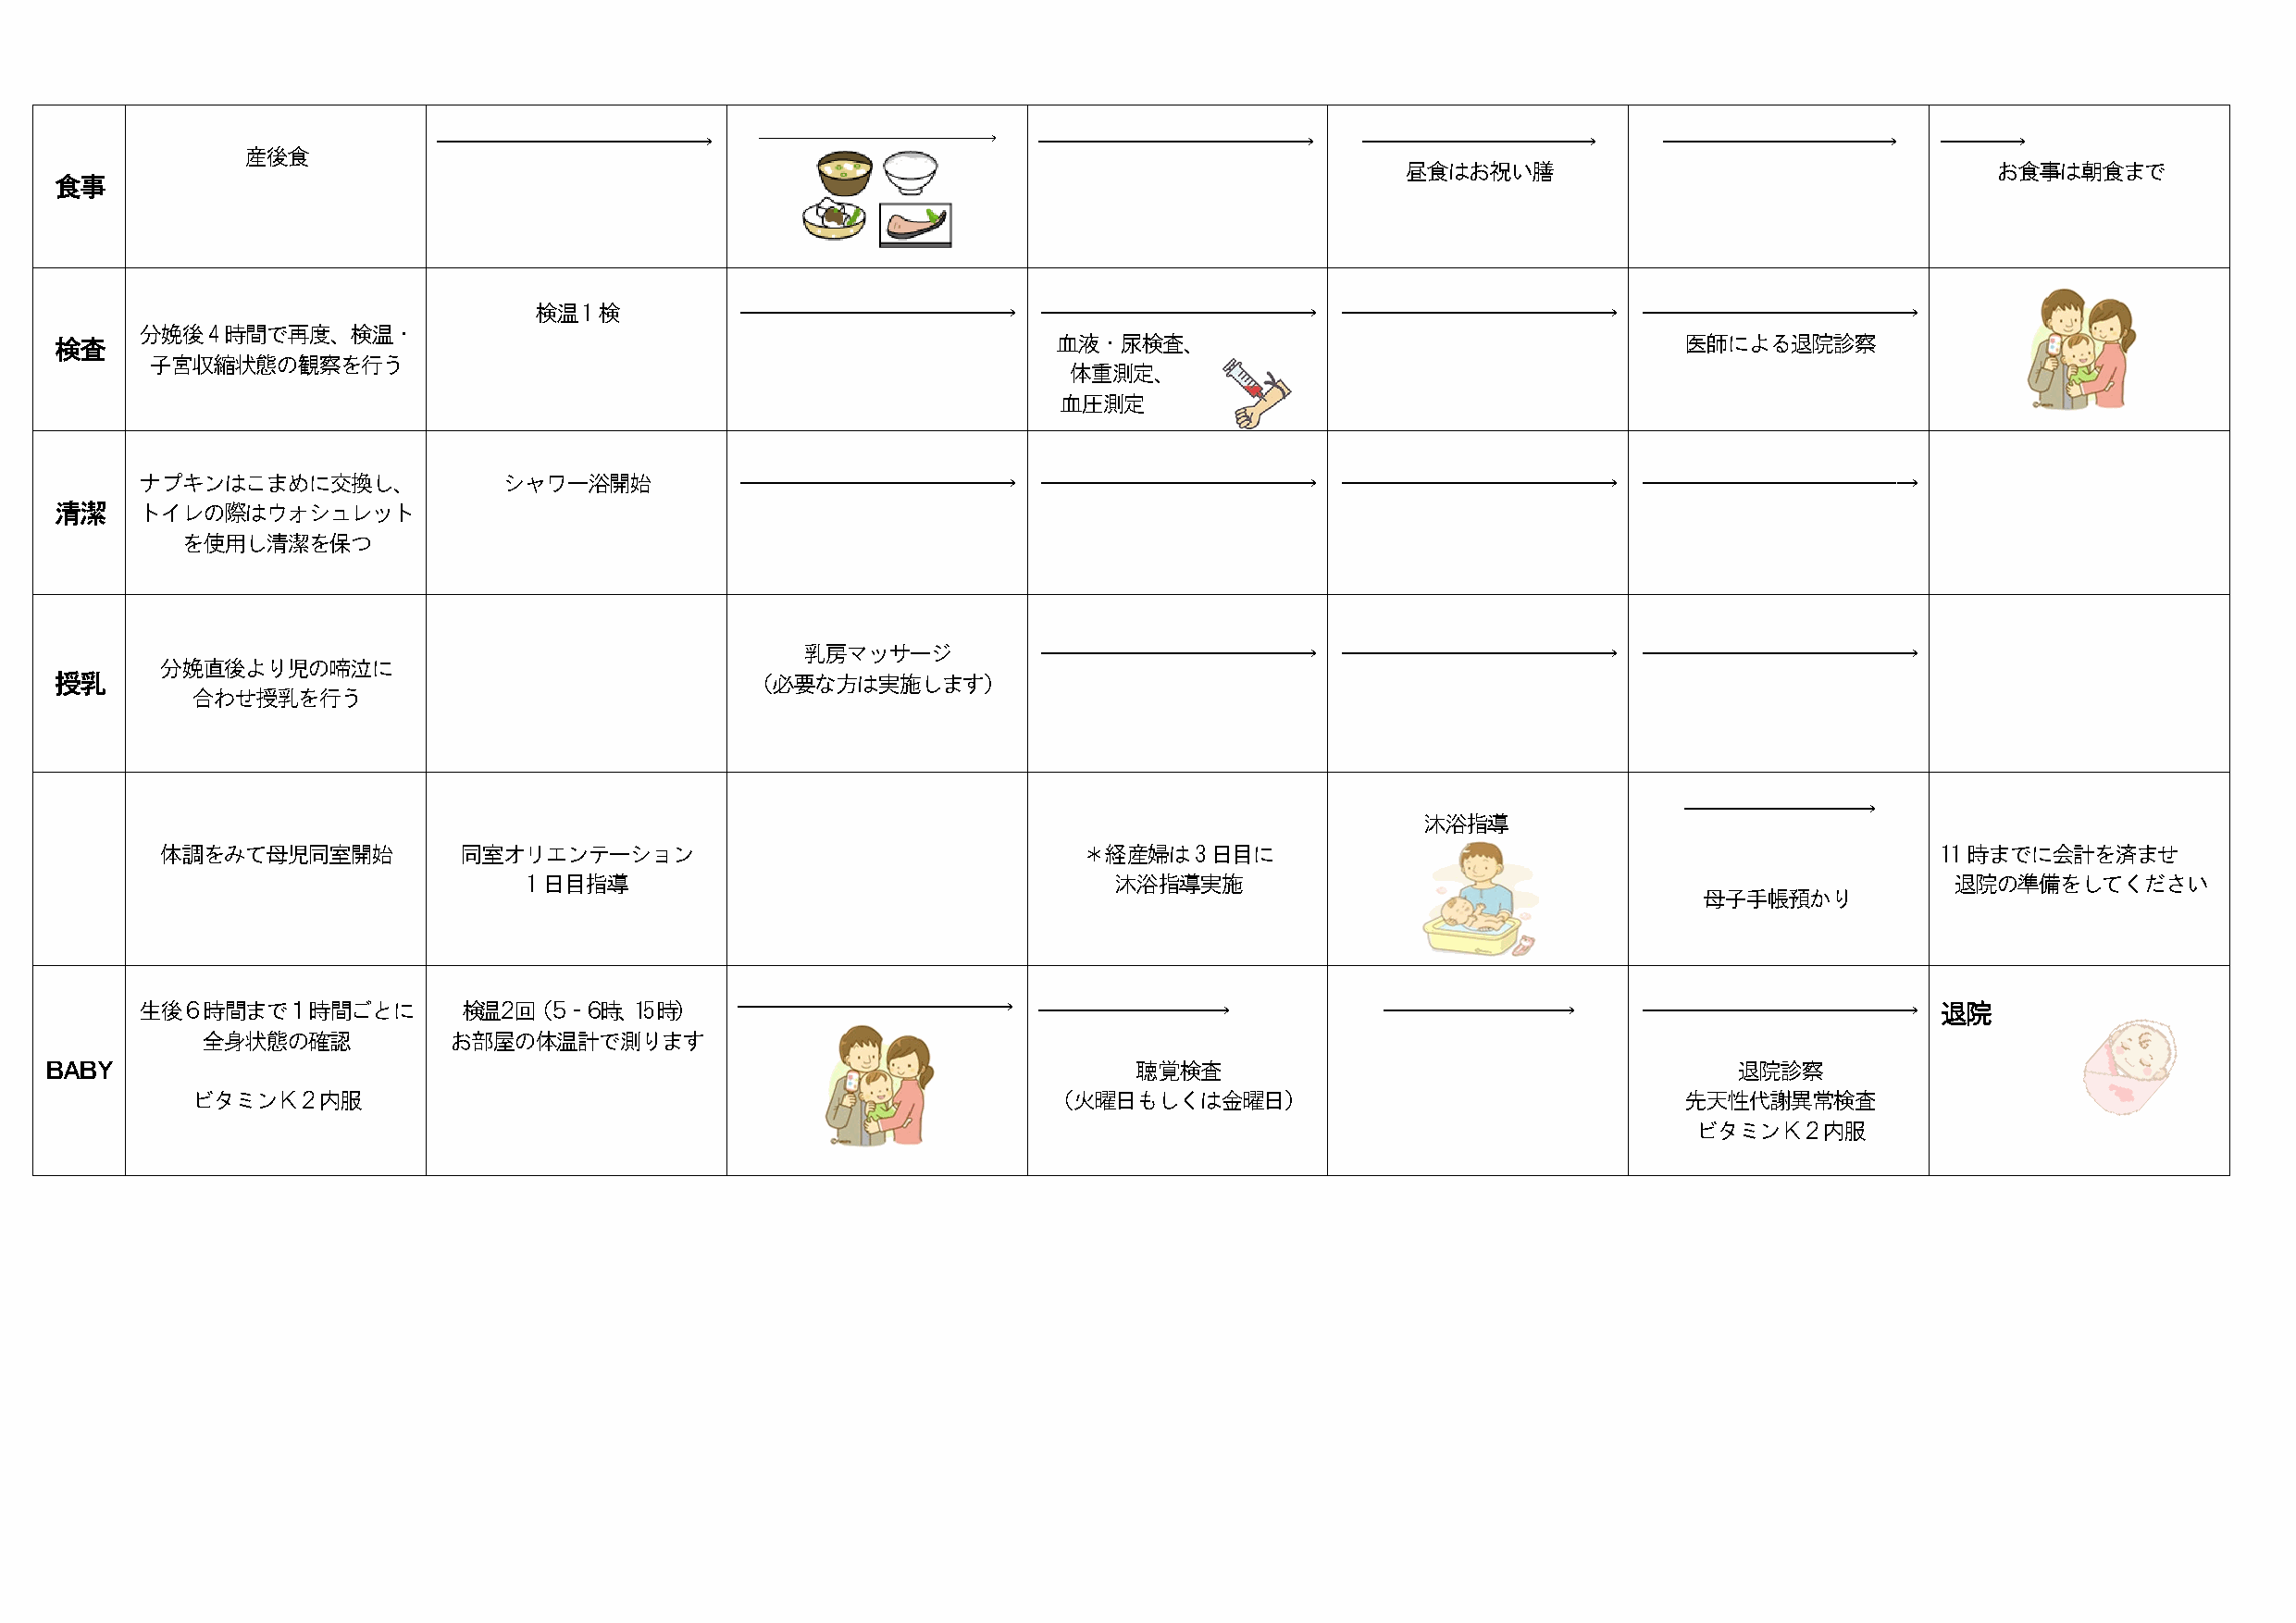
――――――――――――→          ――――――――――――→       ――――――――――――→          ――――――――――→           ――――――――――→         ―――→
 産後食
 昼食はお祝い膳                                    お食事は朝食まで
 食事
 検温1検           ――――――――――――→        ――――――――――――→         ――――――――――――→        ――――――――――――→
 分娩後4時間で再度、検温・
 検査                                                                      血液・尿検査、                                     医師による退院診察
 子宮収縮状態の観察を行う
 体重測定、
 血圧測定
 ナプキンはこまめに交換し、             シャワー浴開始          ――――――――――――→        ――――――――――――→         ――――――――――――→        ―――――――――――ー→
 清潔    トイレの際はウォシュレット
 を使用し清潔を保つ
 乳房マッサージ          ――――――――――――→         ――――――――――――→        ――――――――――――→
 分娩直後より児の啼泣に
 授乳                                                （必要な方は実施します）
 合わせ授乳を行う
 ――――――――→
 沐浴指導
 体調をみて母児同室開始           同室オリエンテーション                                 ＊経産婦は3日目に                                                     11時までに会計を済ませ
 1日目指導                                     沐浴指導実施                                                      退院の準備をしてください
 母子手帳預かり
 生後６時間まで１時間ごとに          検温２回（５‐６時、15時）      ――――――――――――→        ――――――――→                ――――――――→         ――――――――――――→         退院
 全身状態の確認           お部屋の体温計で測ります
 ＢＡＢＹ                                                                          聴覚検査                                       退院診察
 ビタミンＫ２内服                                                     （火曜日もしくは金曜日）                                  先天性代謝異常検査
 ビタミンＫ２内服